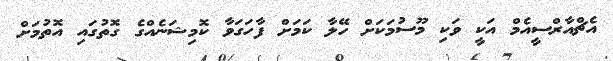
އެޗްއާރްސީއެމް އަކީ ވަކި މޫސުމަކަށް ހޭލާ ކަމަށް ފާހަގަވާ ކޮމިޝަނެއްގެ ގޮތުގައި އޮތުމަށް